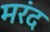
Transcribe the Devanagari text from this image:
मरंद